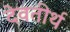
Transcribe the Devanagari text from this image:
देवतीर्थ